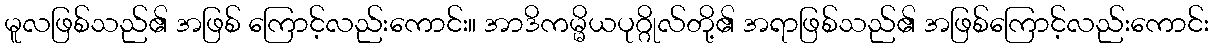
မူလဖြစ်သည်၏ အဖြစ် ကြောင့်လည်းကောင်း။ အာဒိကမ္မိယပုဂ္ဂိုလ်တို့၏ အရာဖြစ်သည်၏ အဖြစ်ကြောင့်လည်းကောင်း